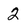
Character: 2